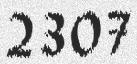
2307